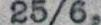
25/6,